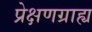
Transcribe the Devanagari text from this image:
प्रेक्षणग्राह्य